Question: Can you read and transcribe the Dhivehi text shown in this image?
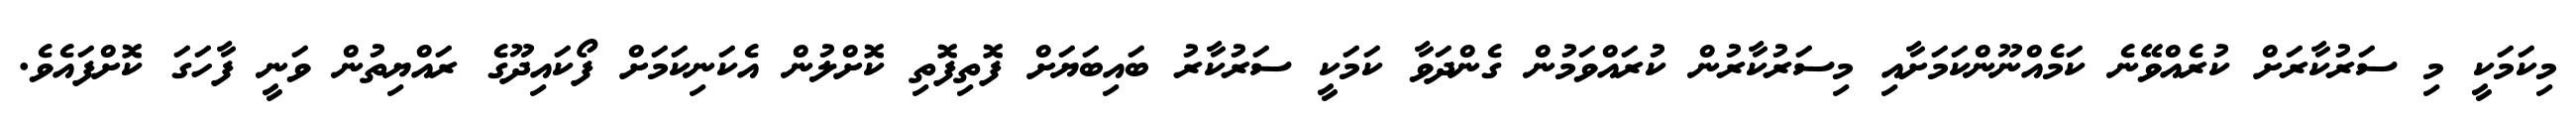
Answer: މިކަމަކީ މި ސަރުކާރަށް ކުރެއްވޭނެ ކަމެއްނޫންކަމަށާއި މިސަރުކާރުން ކުރައްވަމުން ގެންދަވާ ކަމަކީ ސަރުކާރު ބައިބަޔަށް ފޮތިފޮތި ކޮށްލުން އެކަނިކަމަށް ފޯކައިދޫގެ ރައްޔިތުން ވަނީ ފާހަގަ ކޮށްފައެވެ.